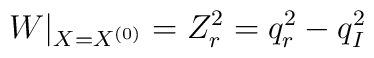
W|_{X=X^{(0)}}=Z_r^2=q_r^2-q_I^2